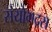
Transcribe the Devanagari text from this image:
संयोगद्रस